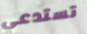
تستدعي